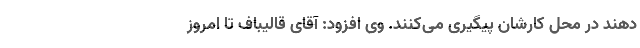
دهند در محل کارشان پیگیری می‌کنند. وی افزود: آقای قالیباف تا امروز